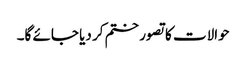
حوالات کا تصور ختم کر دیا جائے گا۔